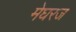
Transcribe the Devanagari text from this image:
मेघरज